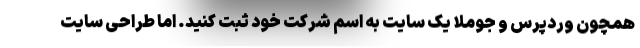
همچون وردپرس و جوملا یک سایت به اسم شرکت خود ثبت کنید. اما طراحی سایت